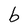
Character: b